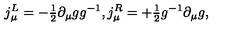
j _ { \mu } ^ { L } = - { \textstyle { \frac { 1 } { 2 } } } \partial _ { \mu } g g ^ { - 1 } , j _ { \mu } ^ { R } = + { \textstyle { \frac { 1 } { 2 } } } g ^ { - 1 } \partial _ { \mu } g ,